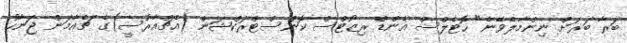
ބަރާ ބަރަށް ނިންމާލެވޭނެ" ހޮޓެލްސް އެންޑް ރިޒޯޓްސް ކޮންސްޓްރަކްޝަން (އެޗްއާރުސީ)ގެ ޗެއާމަން ޖަނާހު